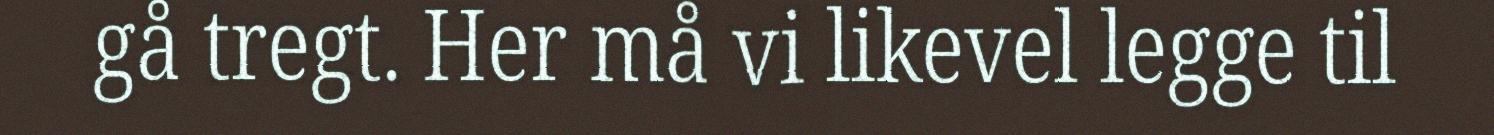
gå tregt. Her må vi likevel legge til